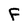
Character: F